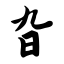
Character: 旮